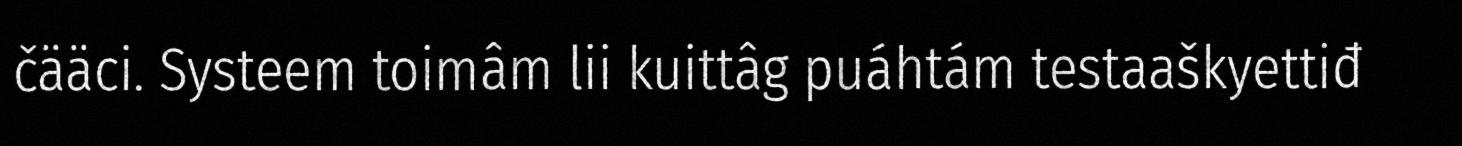
čääci. Systeem toimâm lii kuittâg puáhtám testaaškyettiđ